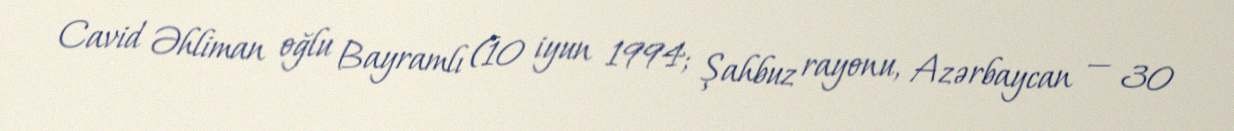
Cavid Əhliman oğlu Bayramlı (10 iyun 1994; Şahbuz rayonu, Azərbaycan — 30